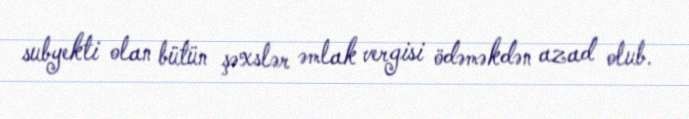
subyekti olan bütün şəxslər əmlak vergisi ödəməkdən azad olub.